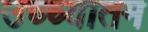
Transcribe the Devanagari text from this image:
उच्च्यातम